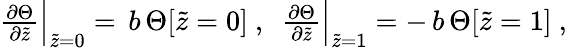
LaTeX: \begin{array}{r}{\frac{\partial{\Theta}}{\partial\widetilde{z}}\Big\vert_{\widetilde{z}=0}=\, b\, \Theta[\widetilde{z}=0]\ ,\ \ \frac{\partial{\Theta}}{\partial\widetilde{z}}\Big\vert_{\widetilde{z}=1}=-\, b\, \Theta[\widetilde{z}=1]\ ,\ }\end{array}